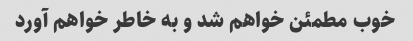
خوب مطمئن خواهم شد و به خاطر خواهم آورد